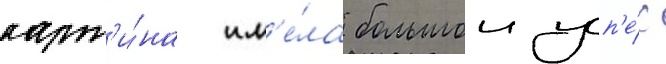
карт'и́на им'е́ла большои усп'е́х